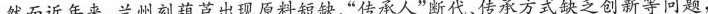
然而近年来，兰州刻葫芦出现原料短缺、”传承人”断代、传承方式缺乏创新等问题，